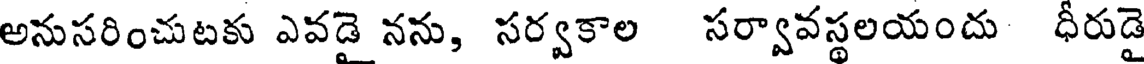
అనుసరించుటకు ఎవడై నను, సర్వకాల సర్వావస్థలయందు ధీరుడై